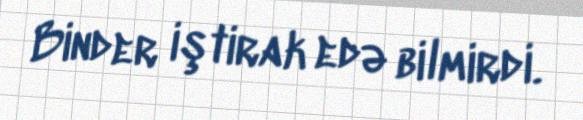
Binder iştirak edə bilmirdi.